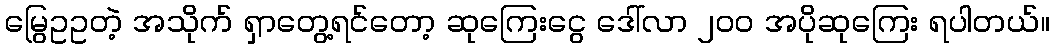
မြွေဥဥတဲ့ အသိုက် ရှာတွေ့ရင်တော့ ဆုကြေးငွေ ဒေါ်လာ ၂၀၀ အပိုဆုကြေး ရပါတယ်။